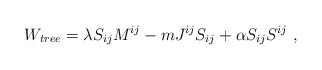
\begin{align*}W_{tree}=\lambda S_{ij}M^{ij} -m J^{ij}S_{ij}+\alpha S_{ij}S^{ij} \ ,\end{align*}